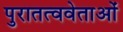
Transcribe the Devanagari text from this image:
पुरातत्ववेताओं